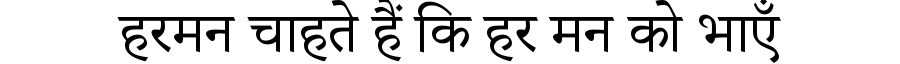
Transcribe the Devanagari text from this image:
हरमन चाहते हैं कि हर मन को भाएँ